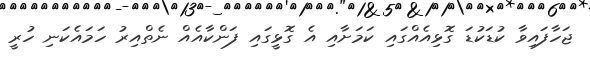
ޖަހާފައިވާ ކުޑަކުޑަ ގޮޅިއެއްގައި ކަމަށާއި އެ ގޮޅީގައި ފަންކާއެއް ނެތްއިރު ހަމައެކަނި ހުރީ